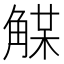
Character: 𧤈